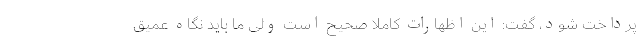
پرداخت شود، گفت: این اظهارات کاملا صحیح است ولی ما باید نگاه عمیق